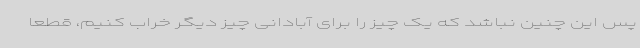
پس این چنین نباشد که یک چیز را برای آبادانی چیز دیگر خراب کنیم، قطعا